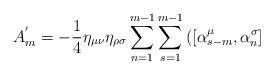
LaTeX: \begin{align*}A_m^{'} =- \frac {1} {4} {\eta}_{\mu \nu} {\eta}_{\rho \sigma}\sum\limits_{n=1}^{m-1} \sum\limits_{s=1}^{m-1} \left( \left[{\alpha}_{s-m}^{\mu}, {\alpha}_n^{\sigma} \right] \right.\end{align*}